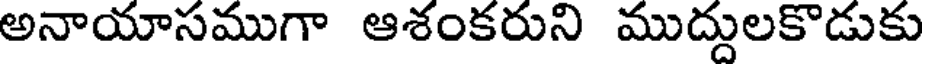
అనాయాసముగా ఆశంకరుని ముద్దులకొడుకు